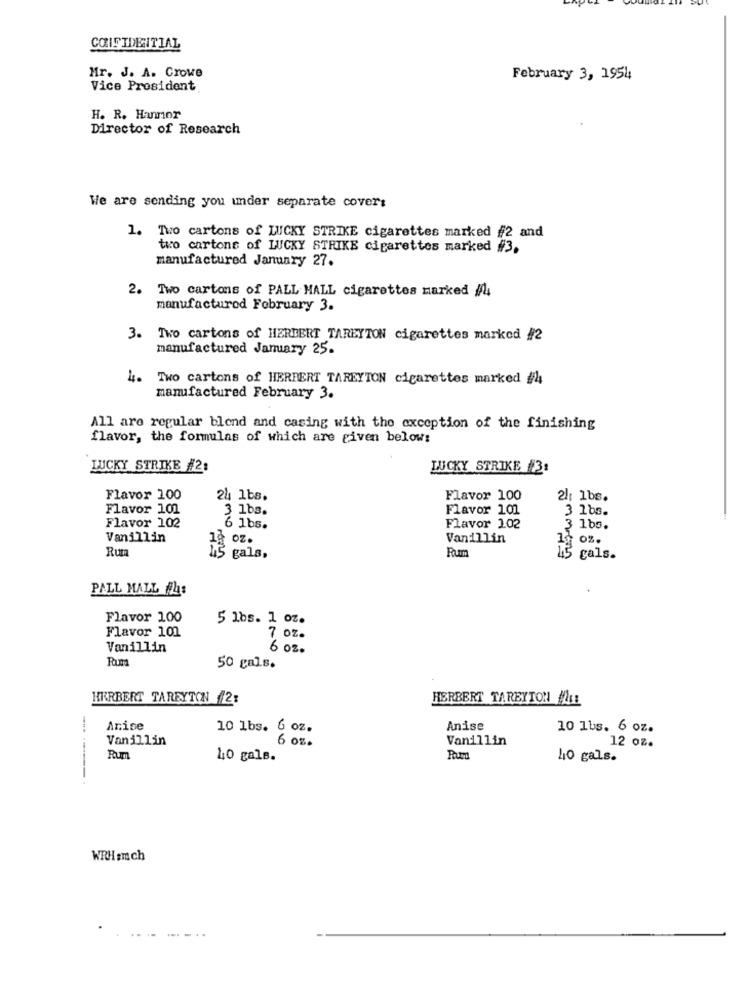
CONFIDENTIAL
Mr. J. A. Crowe
February 3, 1954
Vice President
H. R. Hannor
Director of Research
We are sending you under separate covers
1. Two cartons of LUCKY STRIKE cigarettes marked #2 and
two cartons of LUCKY STRIKE cigarettes marked #3.
manufactured January 27.
2. Two cartons of PALL MALL cigarettes marked /4
manufactured February 3.
3. Two cartons of HERBERT TAREYTON cigarettes marked #2
manufactured January 25.
4. Two cartons of HERBERT TAREYTON cigarettes marked #4
manufactured February 3.
All are regular blend and casing with the exception of the finishing
flavor, the formulas of which are given below:
LUCKY STRIKE #2:
LUCKY STRIKE #3:
Flavor 100
24 1bs.
Flavor 100
21: 1bs.
Flavor 101
3 1bs.
Flavor 101
3 163.
Flavor 102
6 1bs.
Flavor 102
3 1bs.
Vanillin
12 oz.
Vanillin
13 0%.
Rum
Rumm
45 gals.
5 cals.
PALL MALL #4:
Flavor 100
5 1bs. 1 oz.
Flavor 101
oz.
Vanillin
6 oz.
50 gals.
HERBERT TAREYTON /2:
HERBERT TAREYTON MILE
Anise
10 1bs. 6 oz.
Anise
10 1bs. 6 oz.
Vanillin
6 oz.
Vanillin
12 oz.
Rum
40 gals.
Pour
40 gals.
WRH Inch